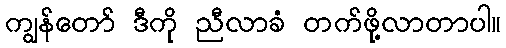
ကျွန်တော် ဒီကို ညီလာခံ တက်ဖို့လာတာပါ။